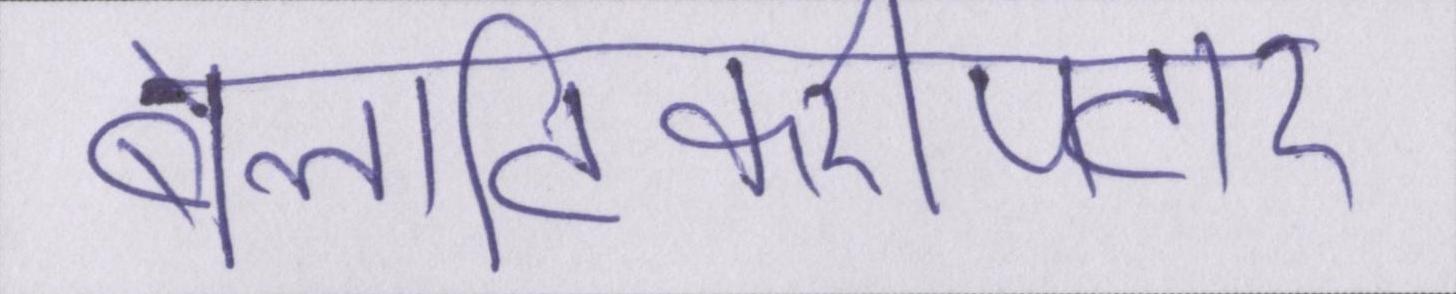
बेलटिकरीपटार